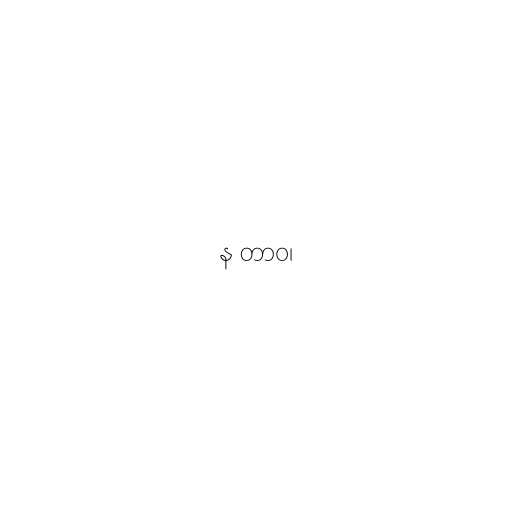
န တာဝ၊